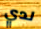
لدي